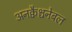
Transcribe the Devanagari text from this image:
अनक्वैश्चनेबल